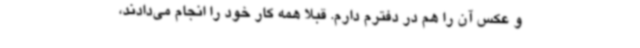
و عکس آن را هم در دفترم دارم. قبلا همه کار خود را انجام می‌دادند،